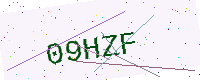
Text: 09HZF